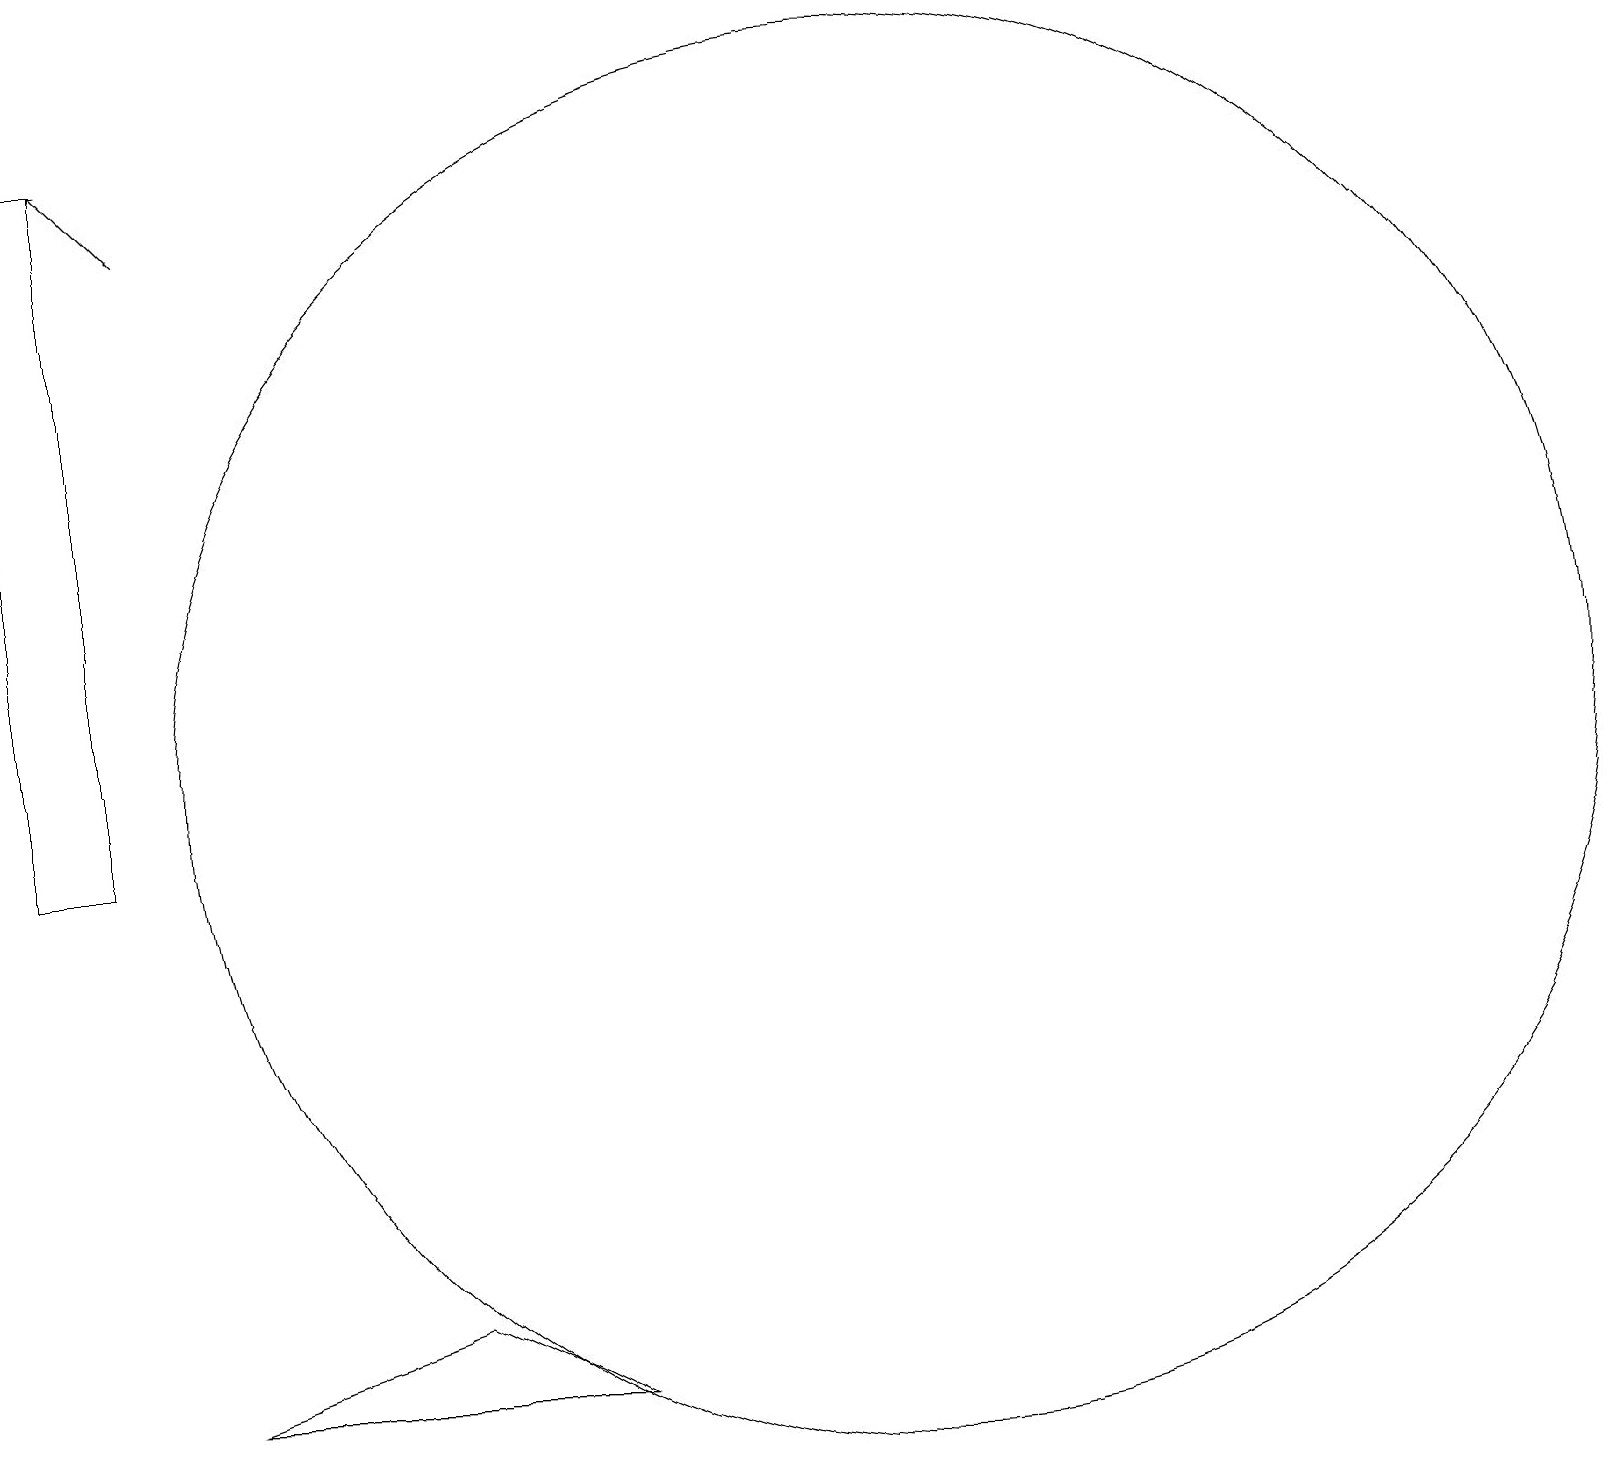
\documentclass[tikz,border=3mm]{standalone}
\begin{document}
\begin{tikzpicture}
\draw (2,10) rectangle (1,19);
\draw (3,3) -- (8,3) -- (6,4) -- cycle;
\draw (12,11) circle (9);
\draw[->] (3,18) -- (2,19);
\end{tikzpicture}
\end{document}